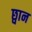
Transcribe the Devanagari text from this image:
छ्वान